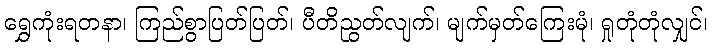
ရွှေကုံးရတနာ၊ ကြည်စွာပြတ်ပြတ်၊ ပီတိညွတ်လျက်၊ မျက်မှတ်ကြေးမုံ၊ ရှုတုံတုံလျှင်၊